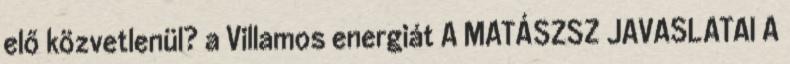
elő közvetlenül? a Villamos energiát A MATÁSZSZ JAVASLATAI A